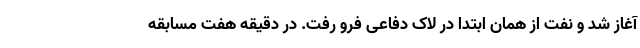
آغاز شد و نفت از همان ابتدا در لاک دفاعی فرو رفت. در دقیقه هفت مسابقه